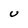
Character: u